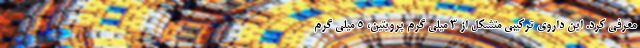
معرفی کرد. این داروی ترکیبی متشکل از 3 میلی گرم پرویتین، 5 میلی گرم